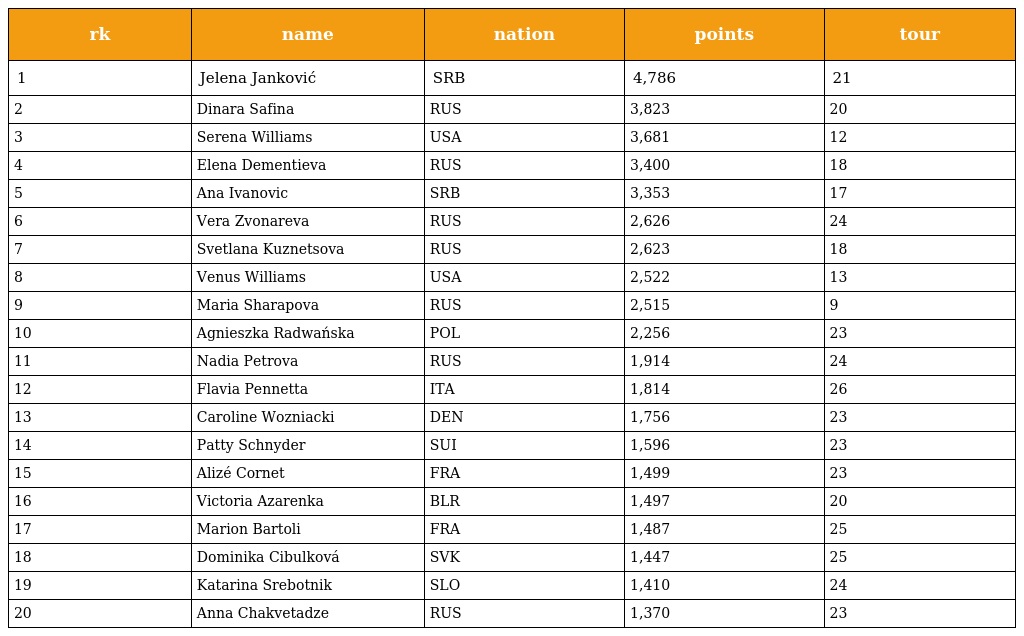
| rk | name | nation | points | tour |
 | --- | --- | --- | --- | --- |
 | 1 | Jelena Janković | SRB | 4,786 | 21 |
 | 2 | Dinara Safina | RUS | 3,823 | 20 |
 | 3 | Serena Williams | USA | 3,681 | 12 |
 | 4 | Elena Dementieva | RUS | 3,400 | 18 |
 | 5 | Ana Ivanovic | SRB | 3,353 | 17 |
 | 6 | Vera Zvonareva | RUS | 2,626 | 24 |
 | 7 | Svetlana Kuznetsova | RUS | 2,623 | 18 |
 | 8 | Venus Williams | USA | 2,522 | 13 |
 | 9 | Maria Sharapova | RUS | 2,515 | 9 |
 | 10 | Agnieszka Radwańska | POL | 2,256 | 23 |
 | 11 | Nadia Petrova | RUS | 1,914 | 24 |
 | 12 | Flavia Pennetta | ITA | 1,814 | 26 |
 | 13 | Caroline Wozniacki | DEN | 1,756 | 23 |
 | 14 | Patty Schnyder | SUI | 1,596 | 23 |
 | 15 | Alizé Cornet | FRA | 1,499 | 23 |
 | 16 | Victoria Azarenka | BLR | 1,497 | 20 |
 | 17 | Marion Bartoli | FRA | 1,487 | 25 |
 | 18 | Dominika Cibulková | SVK | 1,447 | 25 |
 | 19 | Katarina Srebotnik | SLO | 1,410 | 24 |
 | 20 | Anna Chakvetadze | RUS | 1,370 | 23 |